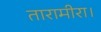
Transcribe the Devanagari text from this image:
तारामीरा।